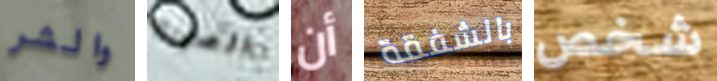
والشر الصودا أن بالشفقة شخص